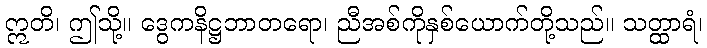
ဣတိ၊ ဤသို့။ ဒွေကနိဋ္ဌဘာတရော၊ ညီအစ်ကိုနှစ်ယောက်တို့သည်။ သတ္ထာရံ၊